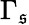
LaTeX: \Gamma_{\mathfrak{s}}